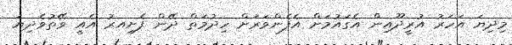
މިދިޔަ އަހަރު އުރީދޫއިން އެގައުމަށް އެފެންވަރަށް ހިދުމަތް ދޭން ފެށިިއރު އެއީ ވޭތުވެދިޔަ